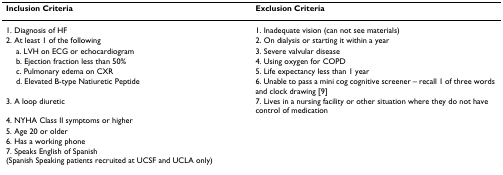
<table><thead><tr><td><b>Inclusion Criteria</b></td><td><b>Exclusion Criteria</b></td></tr></thead><tbody><tr><td>1. Diagnosis of HF</td><td>1. Inadequate vision (can not see materials)</td></tr><tr><td>2. At least 1 of the following</td><td>2. On dialysis or starting it within a year</td></tr><tr><td> a. LVH on ECG or echocardiogram</td><td>3. Severe valvular disease</td></tr><tr><td> b. Ejection fraction less than 50%</td><td>4. Using oxygen for COPD</td></tr><tr><td> c. Pulmonary edema on CXR</td><td>5. Life expectancy less than 1 year</td></tr><tr><td> d. Elevated B-type Natiuretic Peptide</td><td>6. Unable to pass a mini cog cognitive screener – recall 1 of three words and clock drawing [9]</td></tr><tr><td>3. A loop diuretic</td><td>7. Lives in a nursing facility or other situation where they do not have control of medication</td></tr><tr><td>4. NYHA Class II symptoms or higher</td><td></td></tr><tr><td>5. Age 20 or older</td><td></td></tr><tr><td>6. Has a working phone</td><td></td></tr><tr><td>7. Speaks English of Spanish (Spanish Speaking patients recruited at UCSF and UCLA only)</td><td></td></tr></tbody></table>